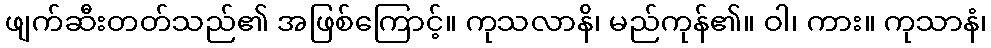
ဖျက်ဆီးတတ်သည်၏ အဖြစ်ကြောင့်။ ကုသလာနိ၊ မည်ကုန်၏။ ဝါ၊ ကား။ ကုသာနံ၊